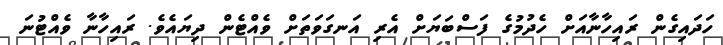
ހަދައިގެން ރައިހާނާއަށް ހެދުމުގެ ފަސްބަޔަށް އެރި އަނގަވަތަށް ވެއްޓެން ދިޔައެވެ. ރައިހާނާ ވެއްޓުނަ